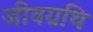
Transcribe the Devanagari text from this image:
जीवग्रथि